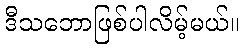
ဒီသဘောဖြစ်ပါလိမ့်မယ်။